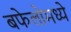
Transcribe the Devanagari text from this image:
बफेलोमध्ये